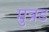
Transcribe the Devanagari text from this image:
मुत्रड